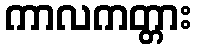
ကာလကတ္တား